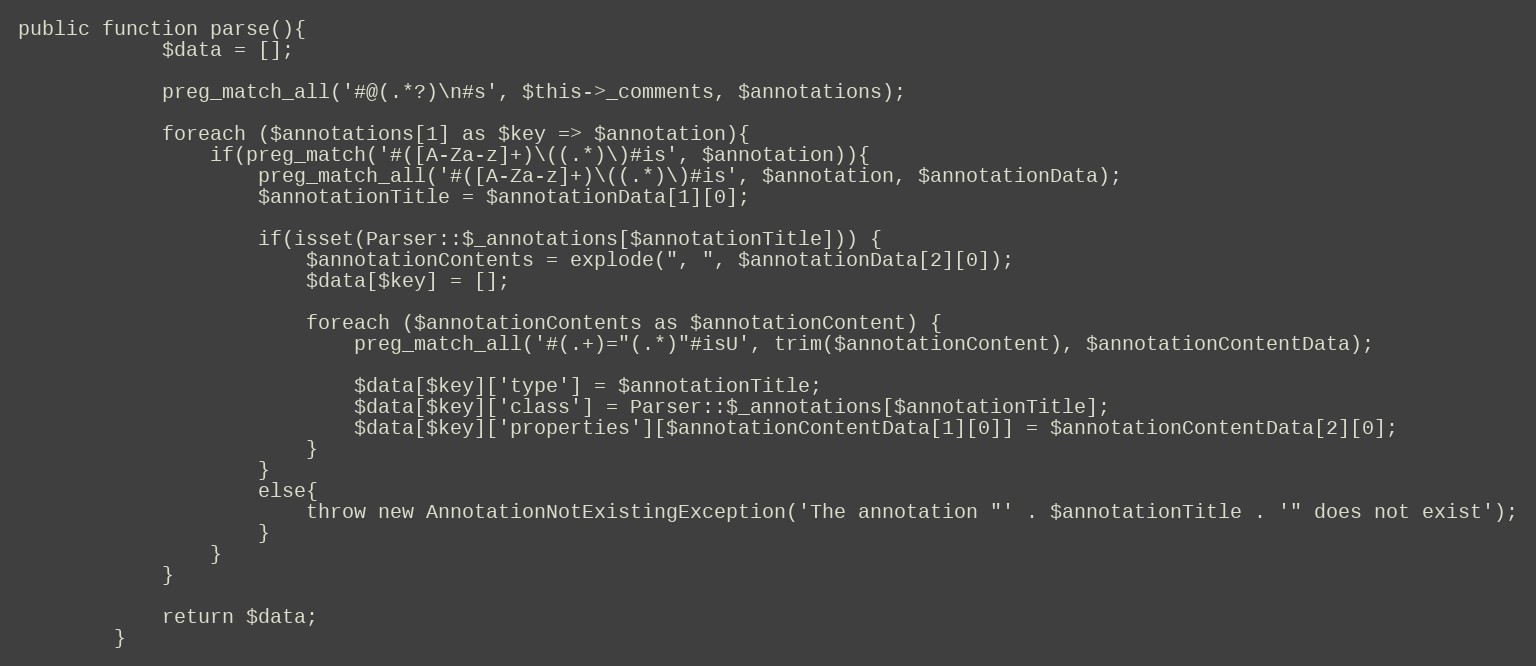
Language: PHP
public function parse(){
			$data = [];

			preg_match_all('#@(.*?)\n#s', $this->_comments, $annotations);

			foreach ($annotations[1] as $key => $annotation){
				if(preg_match('#([A-Za-z]+)\((.*)\)#is', $annotation)){
					preg_match_all('#([A-Za-z]+)\((.*)\)#is', $annotation, $annotationData);
					$annotationTitle = $annotationData[1][0];

					if(isset(Parser::$_annotations[$annotationTitle])) {
						$annotationContents = explode(", ", $annotationData[2][0]);
						$data[$key] = [];

						foreach ($annotationContents as $annotationContent) {
							preg_match_all('#(.+)="(.*)"#isU', trim($annotationContent), $annotationContentData);

							$data[$key]['type'] = $annotationTitle;
							$data[$key]['class'] = Parser::$_annotations[$annotationTitle];
							$data[$key]['properties'][$annotationContentData[1][0]] = $annotationContentData[2][0];
						}
					}
					else{
						throw new AnnotationNotExistingException('The annotation "' . $annotationTitle . '" does not exist');
					}
				}
			}

			return $data;
		}